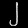
Digit: ၂